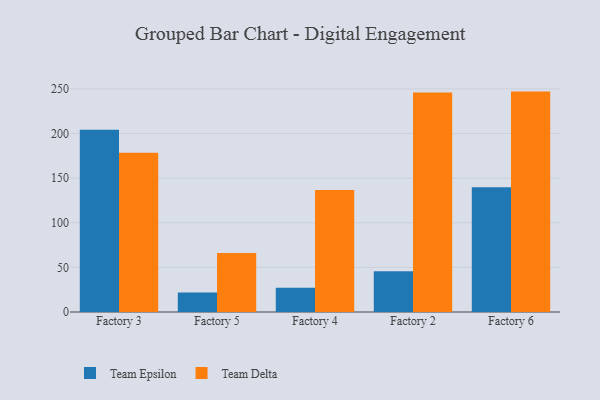
{"axis": {"x": "Factory", "y": "Gross Profit (USD K)"}, "legend": ["Team Delta", "Team Epsilon"], "data": [{"x": "Factory 3", "y": 204.3, "type": "Team Epsilon"}, {"x": "Factory 3", "y": 178.5, "type": "Team Delta"}, {"x": "Factory 5", "y": 21.9, "type": "Team Epsilon"}, {"x": "Factory 5", "y": 66.2, "type": "Team Delta"}, {"x": "Factory 4", "y": 27.1, "type": "Team Epsilon"}, {"x": "Factory 4", "y": 136.8, "type": "Team Delta"}, {"x": "Factory 2", "y": 45.6, "type": "Team Epsilon"}, {"x": "Factory 2", "y": 246.0, "type": "Team Delta"}, {"x": "Factory 6", "y": 139.7, "type": "Team Epsilon"}, {"x": "Factory 6", "y": 247.0, "type": "Team Delta"}]}